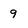
Character: 9